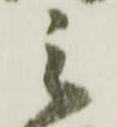
之